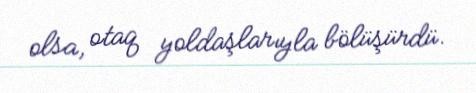
olsa, otaq yoldaşlarıyla bölüşürdü.